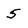
Character: 5